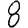
Digit: 8